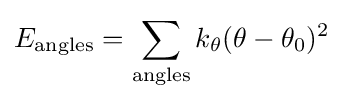
E_{\mathrm {angles} }=\sum _{\mathrm {angles} }k_{\theta }(\theta -\theta _{0})^{2}